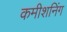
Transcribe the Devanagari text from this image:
कमीशनिंग